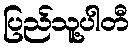
ပြည်သူ့ပါတီ